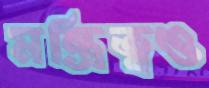
মন্ত্রিত্বও